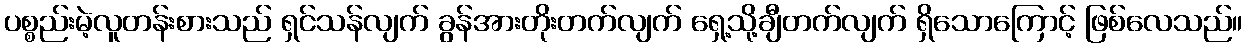
ပစ္စည်းမဲ့လူတန်းစားသည် ရှင်သန်လျက် ခွန်အားတိုးတက်လျက် ရှေ့သို့ချီတက်လျက် ရှိသောကြောင့် ဖြစ်လေသည်။